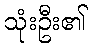
သုံးဦး၏